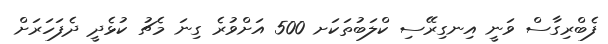
ފެބްރިގާސް ވަނީ އިނގިރޭސި ކްލަބުތަކަށ 500 އަށްވުރެ ގިނަ މެޗު ކުޅެދީ ދެފަހަރަށް